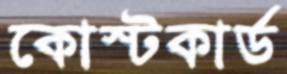
কোস্টকার্ড